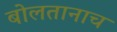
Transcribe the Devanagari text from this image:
बोलतानाच